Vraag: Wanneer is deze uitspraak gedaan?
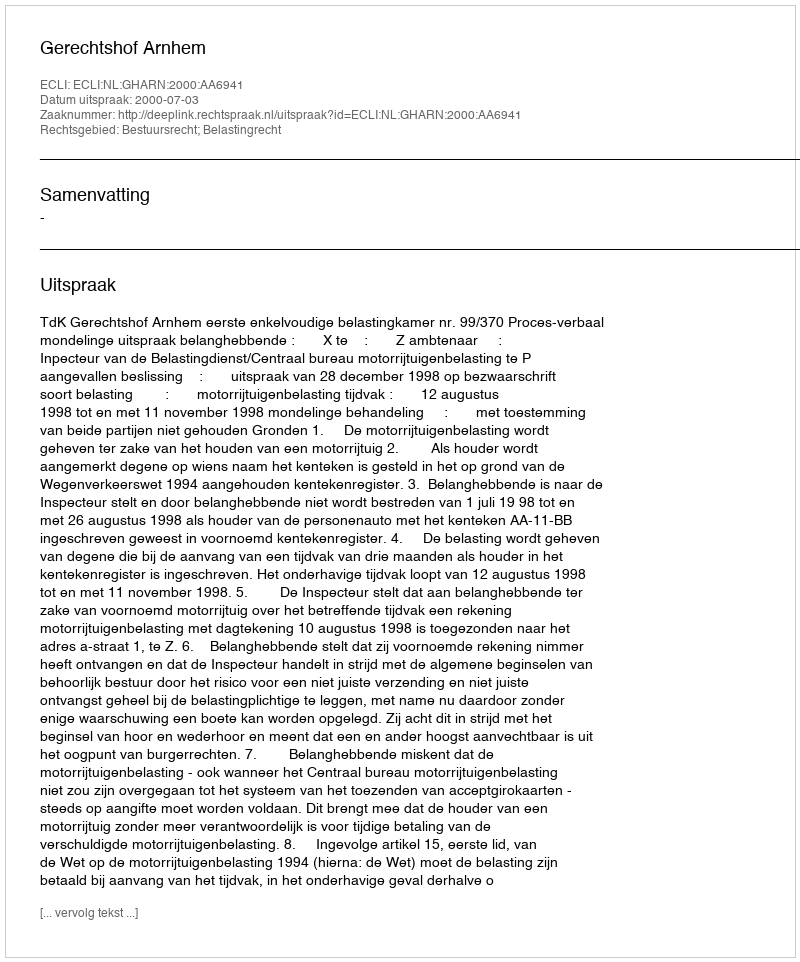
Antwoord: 2000-07-03